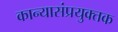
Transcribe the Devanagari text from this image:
कान्यासंप्रयुक्तक